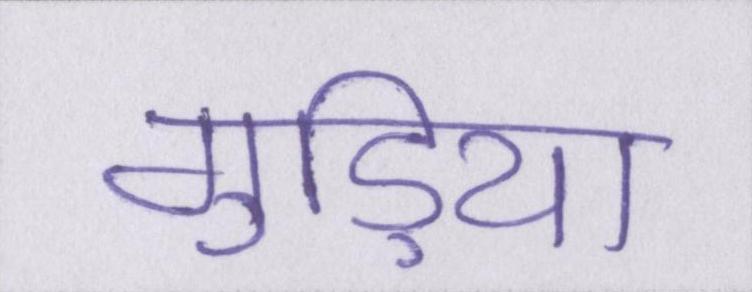
गुड़िया